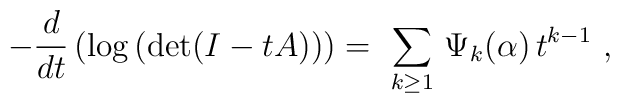
-{d\over dt}\left(\hbox{log}\left(\hbox{det}(I-tA)\right)\right)= \ \sum_{k\geq 1} \, \Psi_k  ({\bf\alpha}) \, t^{k-1} \ ,